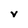
Character: V